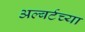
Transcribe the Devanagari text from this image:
अल्बर्टच्या